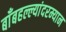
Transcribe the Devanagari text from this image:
बाँबहल्ल्यांदरम्यान